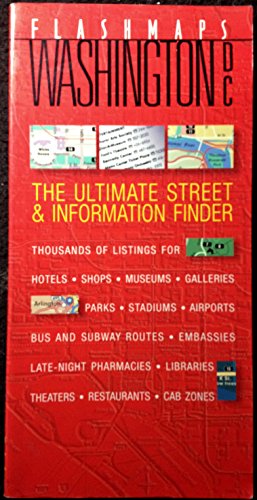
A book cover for Flashmaps Washington D.C.: The Ultimate Street & Information Finder; Robert T. Blake; Travel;